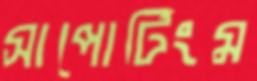
সাপোর্টিংম